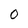
Character: O